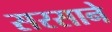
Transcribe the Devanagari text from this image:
सरसाने